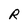
Character: R